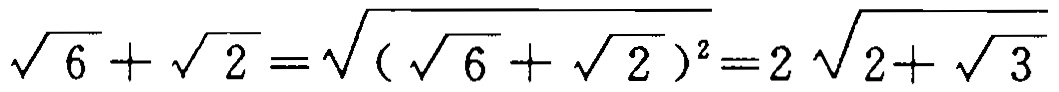
$\sqrt{6}+\sqrt{2}=\sqrt{(\sqrt{6}+\sqrt{2})^{2}} = 2\sqrt{2 + \sqrt{3}}$